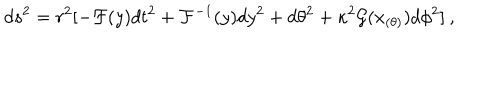
d s ^ { 2 } = r ^ { 2 } [ - { \cal F } ( y ) d t ^ { 2 } + { \cal F } ^ { - 1 } ( y ) d y ^ { 2 } + d \theta ^ { 2 } + \kappa ^ { 2 } { \cal { G } } ( x _ { ( \theta ) } ) d \phi ^ { 2 } ] \: ,